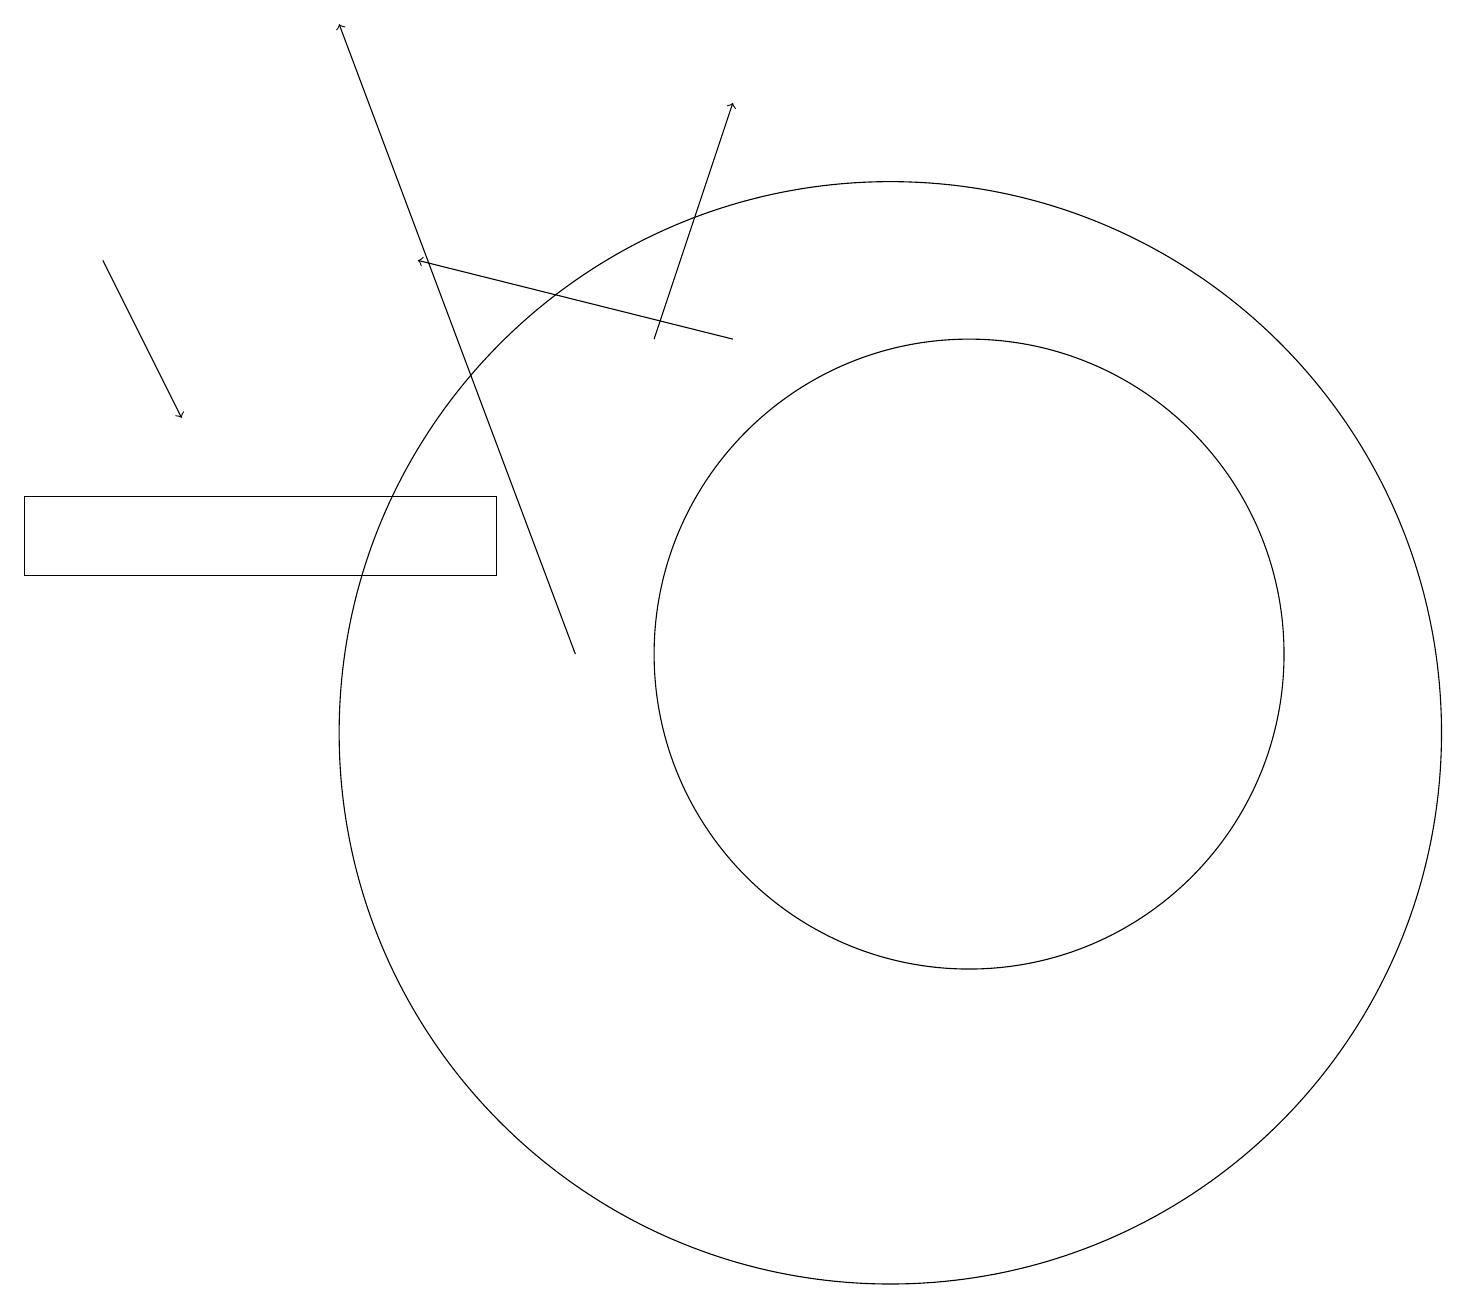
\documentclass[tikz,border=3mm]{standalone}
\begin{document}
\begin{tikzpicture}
\draw (12,11) circle (4);
\draw (11,10) circle (7);
\draw[->] (1,16) -- (2,14);
\draw[->] (8,15) -- (9,18);
\draw[->] (9,15) -- (5,16);
\draw (6,12) rectangle (0,13);
\draw[->] (7,11) -- (4,19);
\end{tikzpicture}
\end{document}